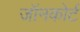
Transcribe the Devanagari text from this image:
जॉनकोर्ट